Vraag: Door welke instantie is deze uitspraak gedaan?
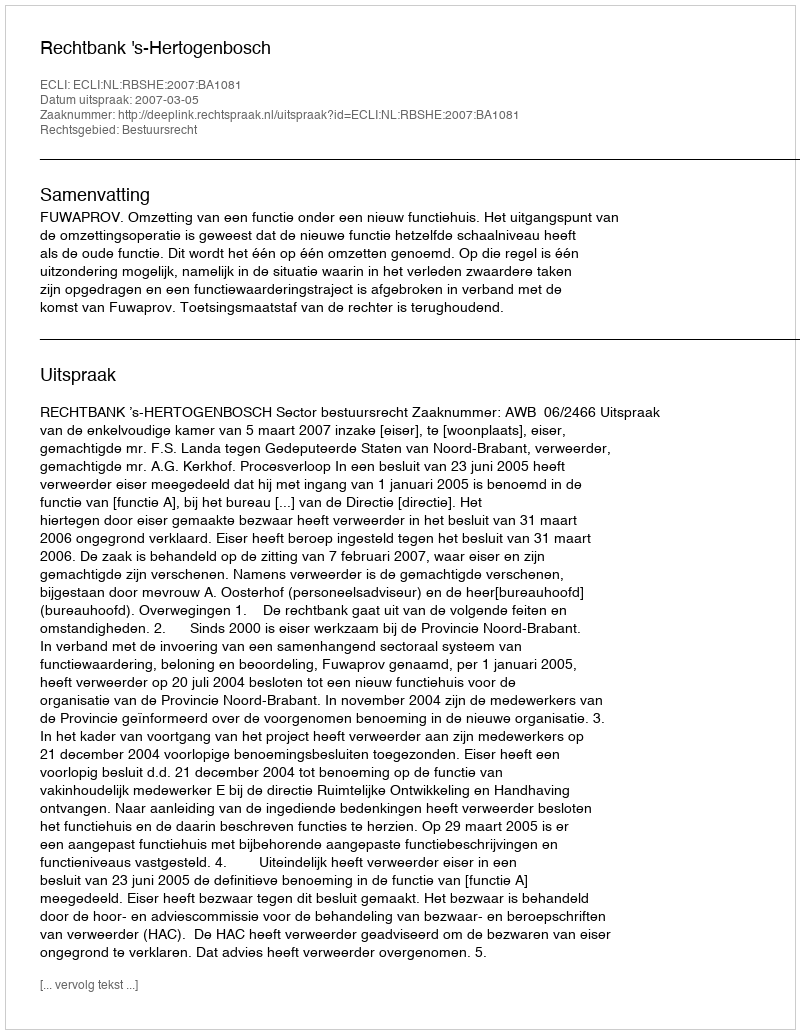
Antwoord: Rechtbank 's-Hertogenbosch